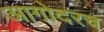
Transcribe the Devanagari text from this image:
आगोदरच